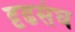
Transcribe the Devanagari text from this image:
दृढसंघ